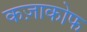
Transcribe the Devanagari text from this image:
कज़ाकोफ